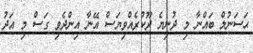
ޙަސަނުލް ބައްނާ މި ދުނިޔެ ދޫކުރެއްވިޔަސް އޭނާ އިންދެވި ގަސް މި އަދު